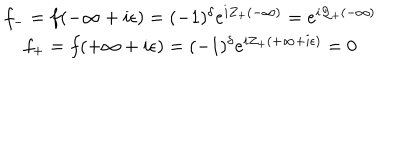
LaTeX: \begin{array} { c } { { f _ { - } = f ( - \infty + i \epsilon ) = ( - 1 ) ^ { \delta } e ^ { i Z _ { + } ( - \infty ) } = e ^ { i { \cal Q } _ { + } ( - \infty ) } } } \\ { { f _ { + } = f ( + \infty + i \epsilon ) = ( - 1 ) ^ { \delta } e ^ { i Z _ { + } ( + \infty + i \epsilon ) } = 0 } } \\ \end{array}